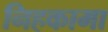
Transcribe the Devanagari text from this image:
निहकामा